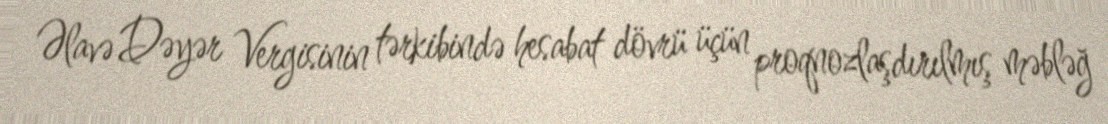
Əlavə Dəyər Vergisinin tərkibində hesabat dövrü üçün proqnozlaşdırılmış məbləğ